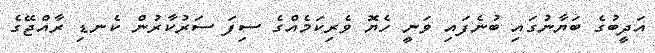
އަދީބުގެ ބަޔާނުގައި ބުނެފައި ވަނީ ހެޔޮ ވެރިކަމެއްގެ ސިފަ ސަރުކާރުން ކެނޑި ރާއްޖޭގެ